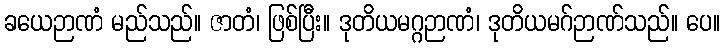
ခယေဉာဏံ မည်သည်။ ဇာတံ၊ ဖြစ်ပြီး။ ဒုတိယမဂ္ဂဉာဏံ၊ ဒုတိယမဂ်ဉာဏ်သည်။ ပေ။